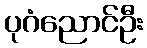
ပုဂံညောင်ဦး